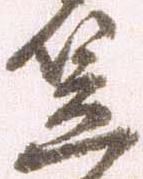
笠